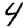
Digit: 4